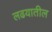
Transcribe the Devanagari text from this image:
लढयातील